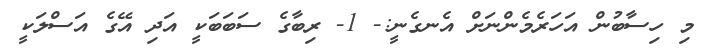
މި ހިސާބުން އަހަރެމެންނަށް އެނގެނީ:- 1- ރިބާގެ ސަބަބަކީ އަދި އޭގެ އަސްލަކީ